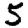
Digit: 5